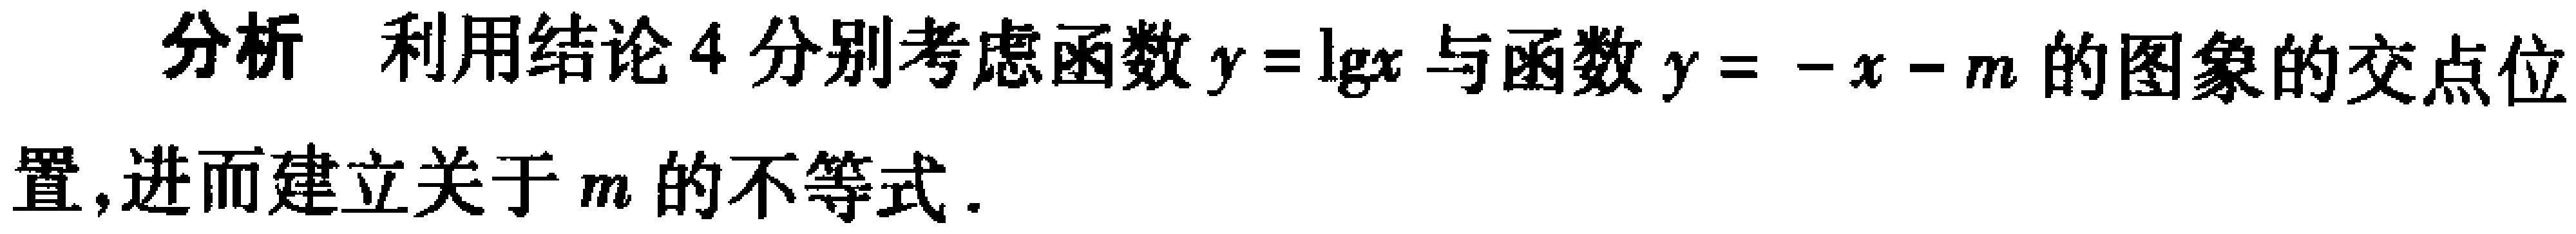
分析 利用结论4分别考虑函数\(y = \lg x\)与函数\(y = -x - m\)的图象的交点位置,进而建立关于\(m\)的不等式.